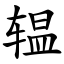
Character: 辒